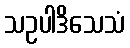
သဥပါဒိသေသံ